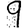
Digit: 9